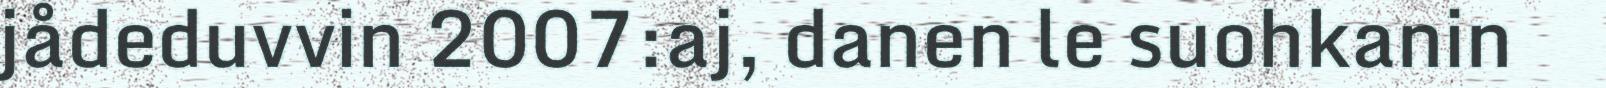
jådeduvvin 2007:aj, danen le suohkanin